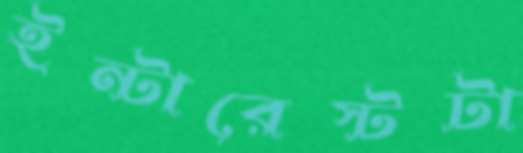
ইন্টারেস্টটা